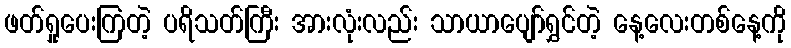
ဖတ်ရှုပေးကြတဲ့ ပရိသတ်ကြီး အားလုံးလည်း သာယာပျော်ရွှင်တဲ့ နေ့လေးတစ်နေ့ကို